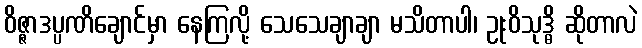
ဝိဇ္ဇာဒပ္ပဏိချောင်မှာ နေကြလို့ သေသေချာချာ မသိတာပါ၊ ဥုးဝိသုဒ္ဓိ ဆိုတာလဲ